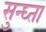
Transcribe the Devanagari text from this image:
सुन्घ्ता